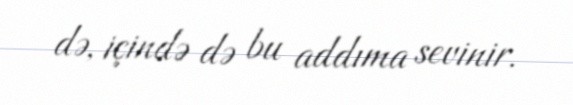
də, içində də bu addıma sevinir.